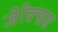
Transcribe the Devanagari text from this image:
जेरेक्सस